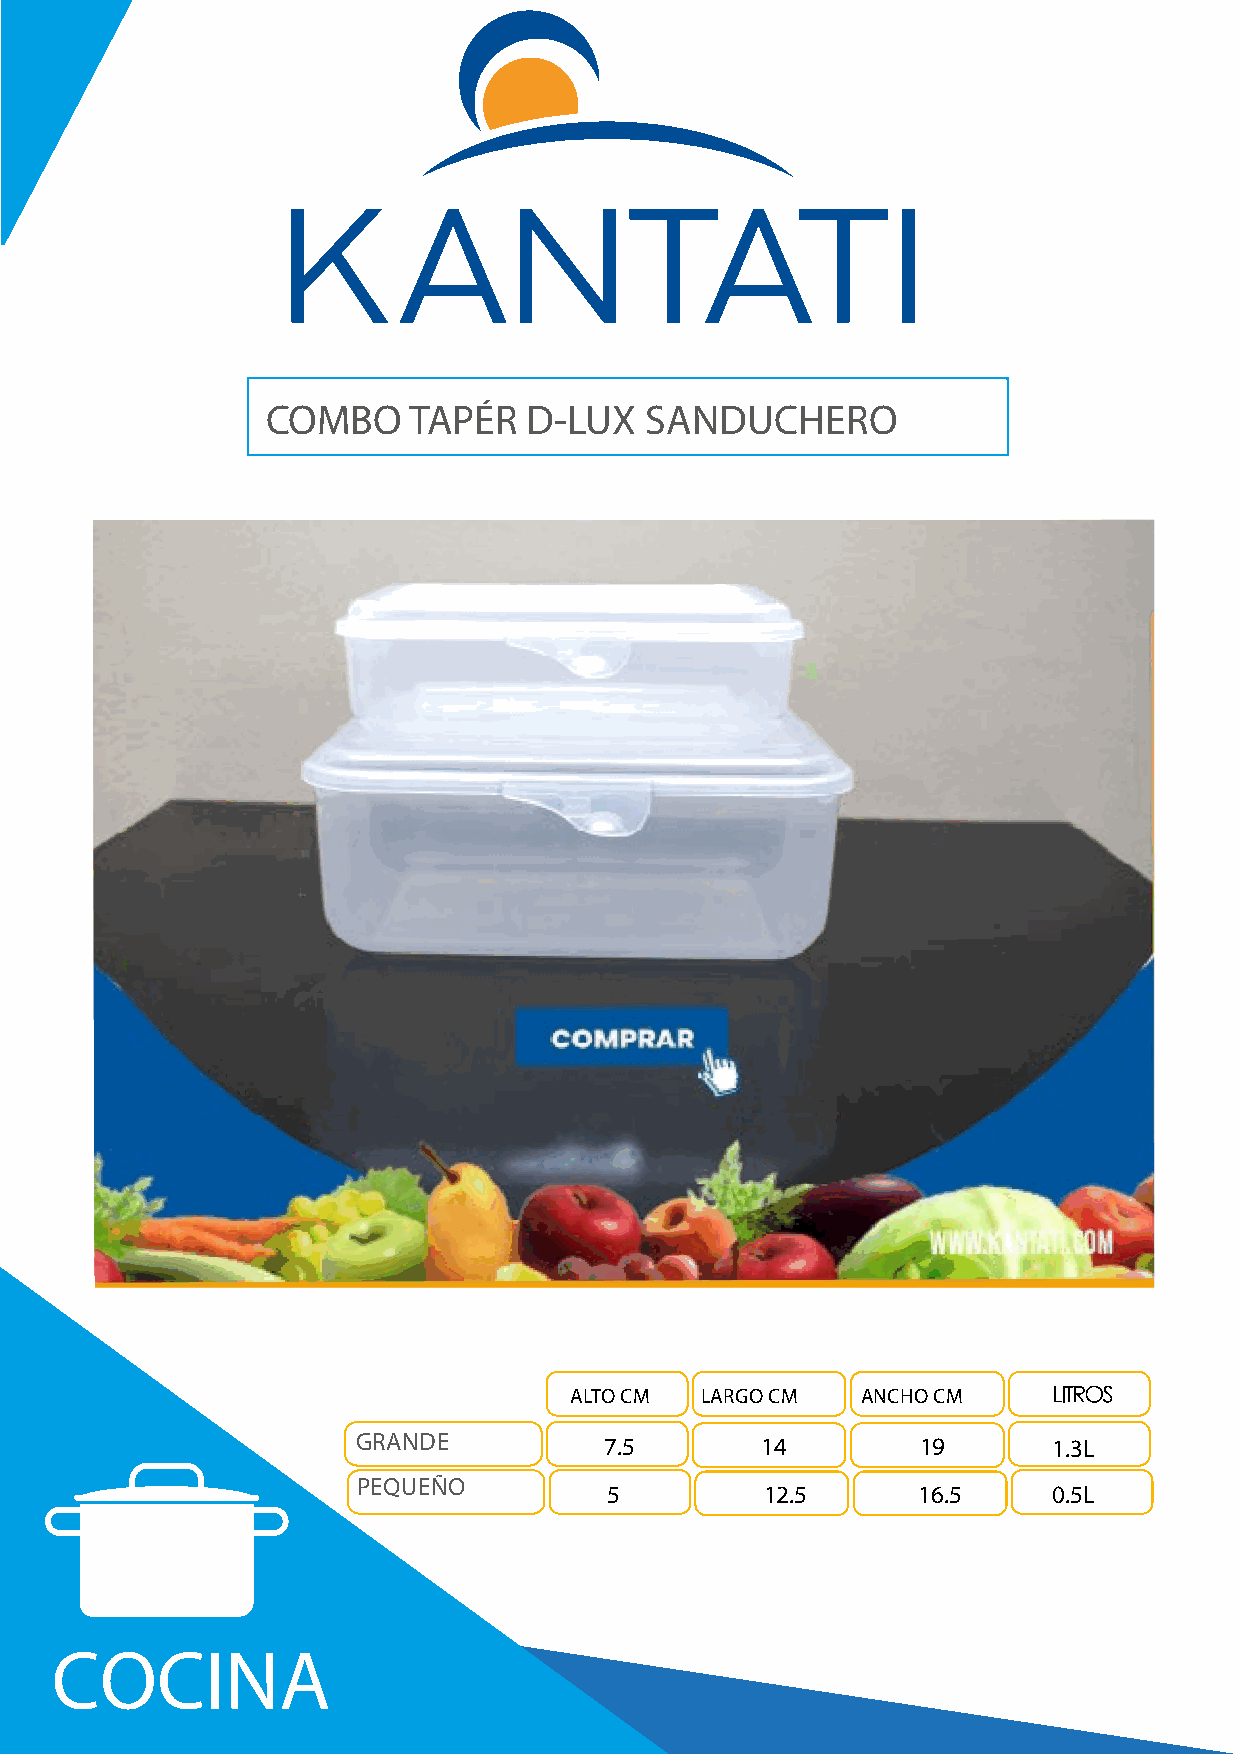
COMBO    TAPÉR   D-LUX   SANDUCHERO
 ALTO CM LARGO CM   ANCHO CM
 GRANDE          7.5       14         19       1.3L
 PEQUEÑO
 5          12.5      16.5     0.5L
 COCINA